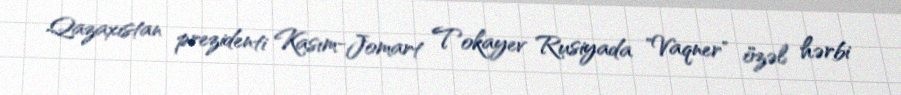
Qazaxıstan prezidenti Kasım-Jomart Tokayev Rusiyada "Vaqner" özəl hərbi